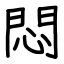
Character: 悶